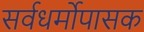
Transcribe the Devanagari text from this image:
सर्वधर्मोपासक